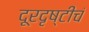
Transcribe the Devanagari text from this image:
दूरदृष्टीचं